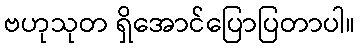
ဗဟုသုတ ရှိအောင်ပြောပြတာပါ။